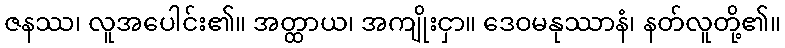
ဇနဿ၊ လူအပေါင်း၏။ အတ္ထာယ၊ အကျိုးငှာ။ ဒေဝမနုဿာနံ၊ နတ်လူတို့၏။